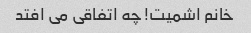
خانم اشمیت! چه اتفاقی می افتد